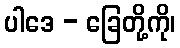
ပါဒေ - ခြေတို့ကို၊